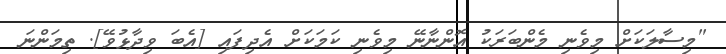
"މިސާލަކަށް މިވެނި މެންބަރަކު އޮންނާނޭ މިވެނި ކަމަކަށް އެދިފައި [އެބަ ވިދާޅުވޭ]. ތިމަންނަ